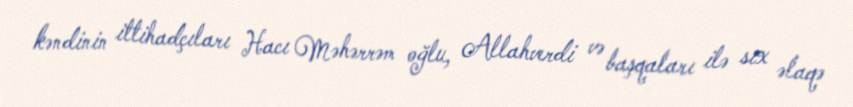
kəndinin ittihadçıları Hacı Məhərrəm oğlu, Allahverdi və başqaları ilə sıx əlaqə